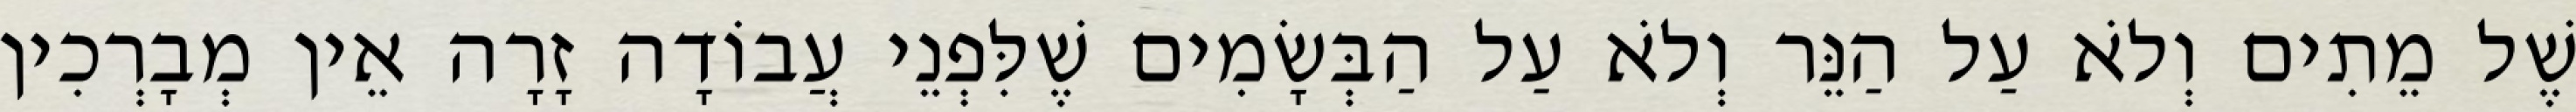
שֶׁל מֵתִים וְלֹא עַל הַנֵּר וְלֹא עַל הַבְּשָׂמִים שֶׁלִּפְנֵי עֲבוֹדָה זָרָה אֵין מְבָרְכִין